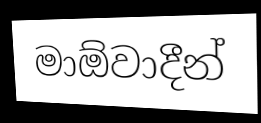
මාඕවාදීන්